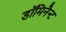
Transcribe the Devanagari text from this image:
डॉमिनैन्ट